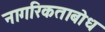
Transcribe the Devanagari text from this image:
नागरिकताबोध